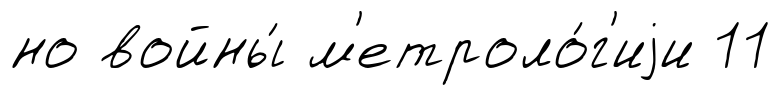
но войны́ м'етроло́г'иjи 11